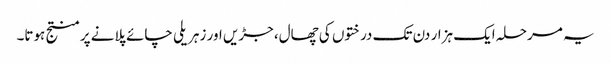
یہ مرحلہ ایک ہزار دن تک درختوں کی چھال، جڑیں اور زہریلی چائے پلانے پر منتج ہوتا۔